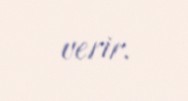
verir.